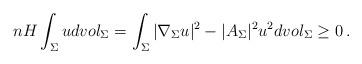
LaTeX: \begin{align*}nH\int_{\Sigma}udvol_{\Sigma}=\int_{\Sigma}|\nabla_{\Sigma} u|^2-|A_{\Sigma}|^2u^2dvol_{\Sigma}\geq0\,.\end{align*}